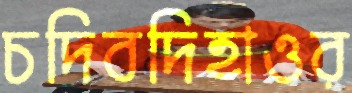
চদিবদিহাওর